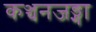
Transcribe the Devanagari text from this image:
कञ्चनजङ्गा